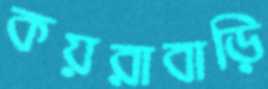
কয়রাবাড়ি